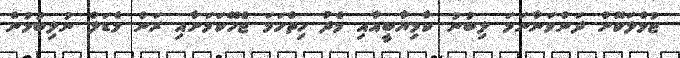
ޖުމްލަކޮށް ދަންވަނާނަމަ ލިބުނު ކާމިޔާބީއާއި މެދު ހިތްހަމަ ޖެހޭކަމަށާއި ރަން މެޑަލް ނުލިބުމުން